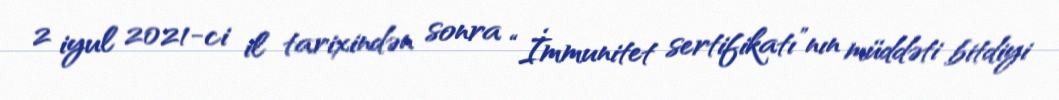
2 iyul 2021-ci il tarixindən sonra “İmmunitet sertifikatı”nın müddəti bitdiyi